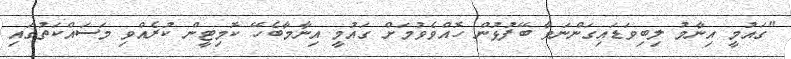
"ގައުމީ އިނާމު ލިބިވަޑައިގަންނަވާ ބޭފުޅުން ހޮއްވެވުމަށް ގައުމީ އިނާމާބެހޭ ކޮމިޓީން ކުރެއްވި މަސައްކަތުގައި